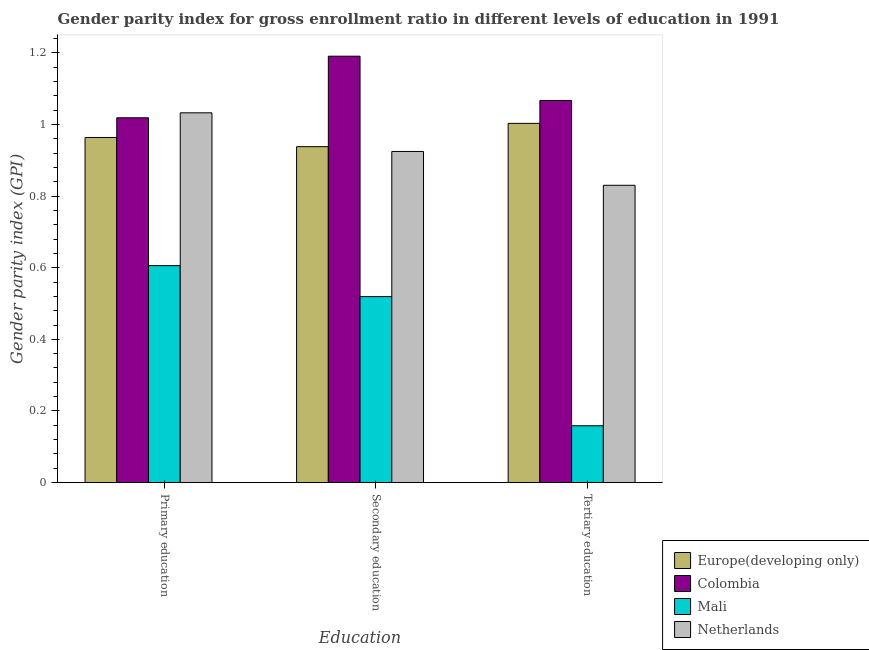
| Education | Europe(developing only) | Colombia | Mali | Netherlands |
 | --- | --- | --- | --- | --- |
 | Primary education | 0.964 | 1.02 | 0.606 | 1.03 |
 | Secondary education | 0.938 | 1.19 | 0.519 | 0.924 |
 | Tertiary education | 1 | 1.07 | 0.159 | 0.83 |